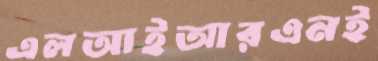
এলআইআরএনই